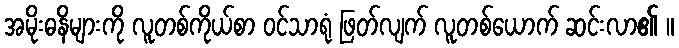
အမိုးဓနိများကို လူတစ်ကိုယ်စာ ဝင်သာရုံ ဖြတ်လျက် လူတစ်ယောက် ဆင်းလာ၏ ။